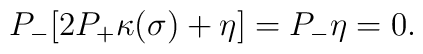
P_- [ 2 P_+ \kappa (\sigma) + \eta ] = P_- \eta =0.